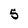
Character: 5